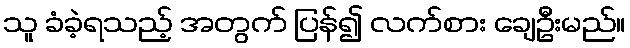
သူ ခံခဲ့ရသည့် အတွက် ပြန်၍ လက်စား ချေဦးမည်။